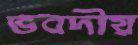
ভবদীয়